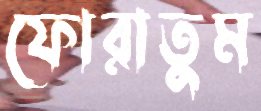
ফোরাতুম